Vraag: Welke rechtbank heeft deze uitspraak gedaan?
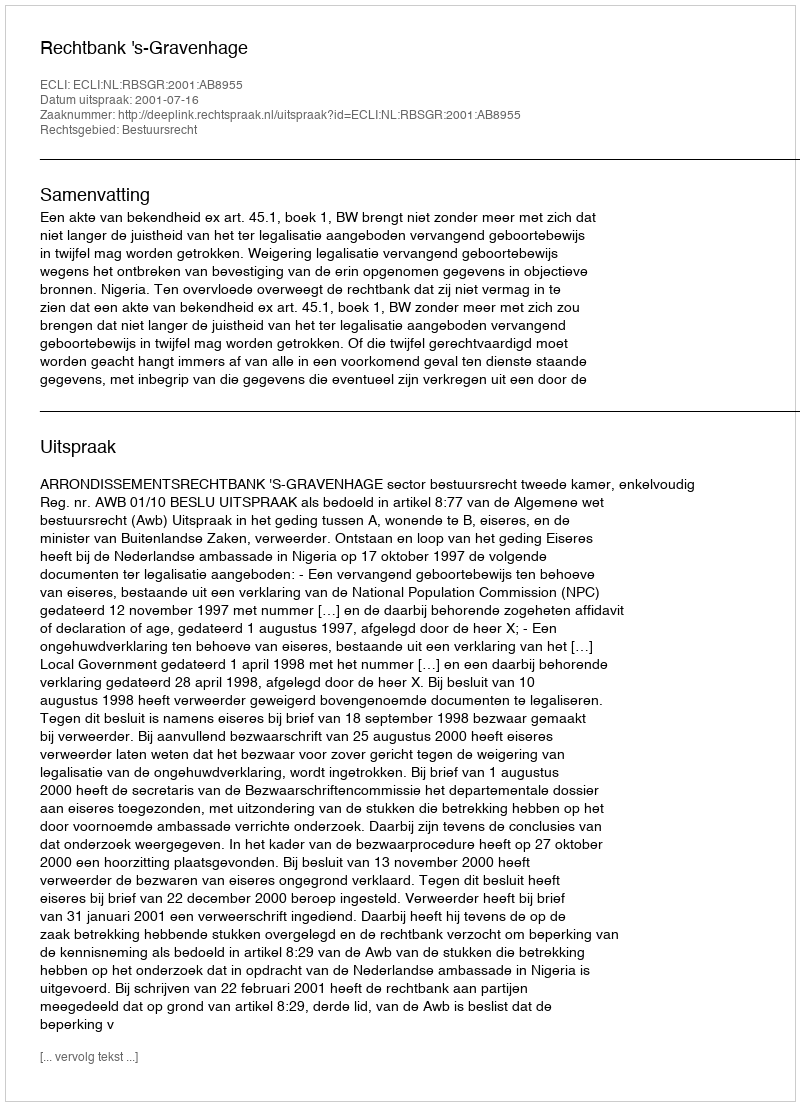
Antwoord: Rechtbank 's-Gravenhage